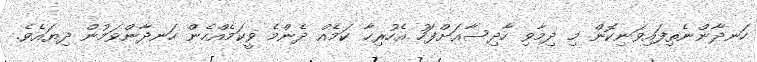
ހަނދާންނެތިފައިވަނިކޮން މި ދިމާވި ހާދިސާއަށްފަހު އެހުރިހާ ކަމެއް ދެންމެ ވީކަމެއްހެން ހަނދާންވަމުން ދިޔައެވެ.